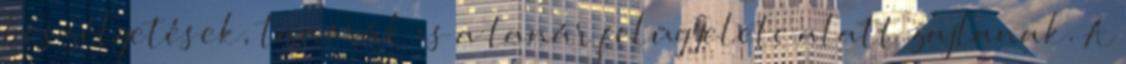
beszélgetések, tanórák is a tanár felügyelete alatt zajlanak. A